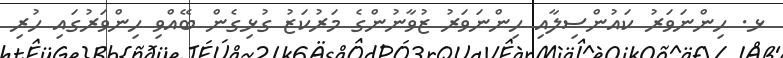
ޅ. ހިންނަވަރު ކައުންސިލާއި ހިންނަަވަރު ޒުވާނުންގެ މަރުކަޒު ގުޅިގެން ބޭއްވި ހިންވަރުގައި ހުރި